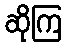
ဆိုကြ